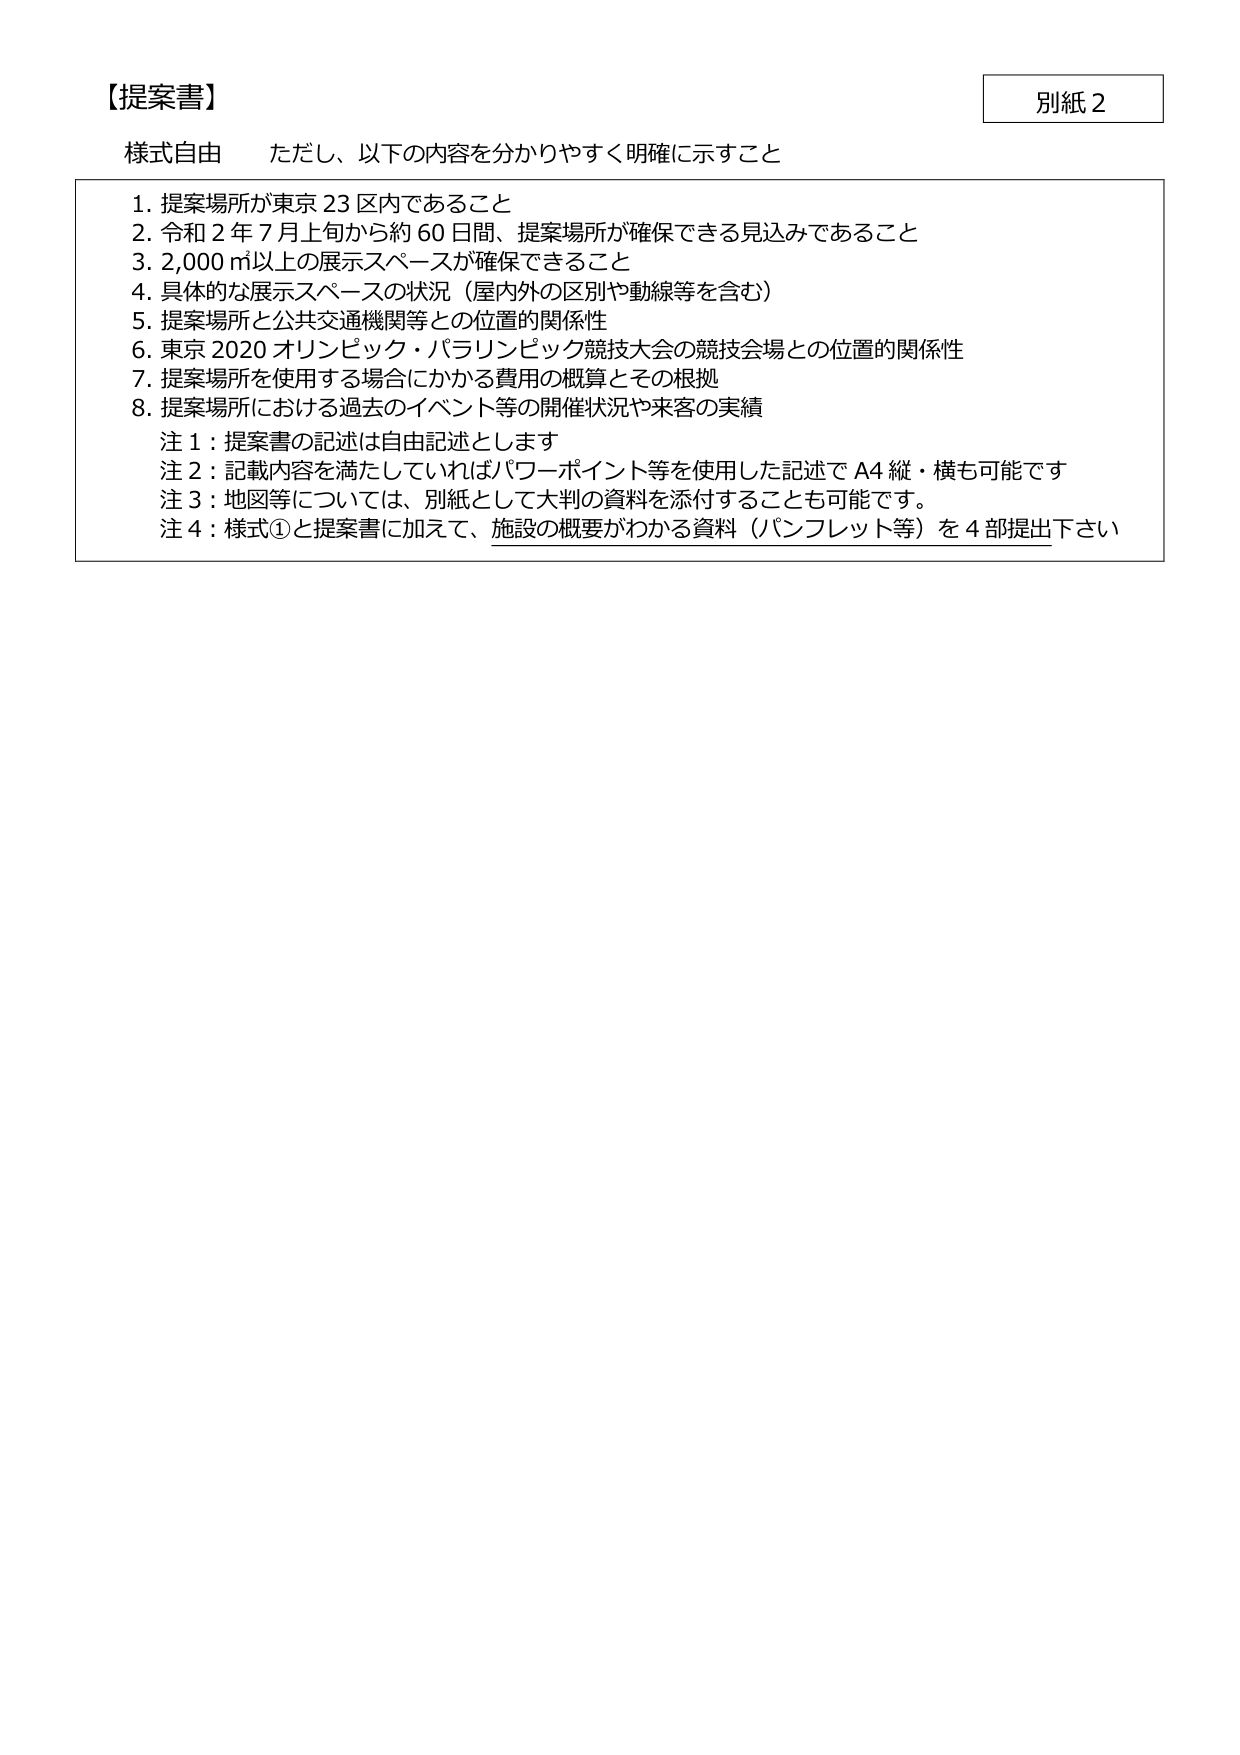
【提案書】
別紙2
様式自由　ただし、以下の内容を分かりやすく明確に示すこと
1. 提案場所が東京23区内であること
2. 令和2年7月上旬から約60日間、提案場所が確保できる見込みであること
3. 2,000㎡以上の展示スペースが確保できること
4. 具体的な展示スペースの状況（屋内外の区別や動線等を含む）
5. 提案場所と公共交通機関等との位置的関係性
6. 東京2020オリンピック・パラリンピック競技大会の競技会場との位置的関係性
7. 提案場所を使用する場合にかかる費用の概算とその根拠
8. 提案場所における過去のイベント等の開催状況や来客の実績
注1：提案書の記述は自由記述とします
注2：記載内容を満たしていればパワーポイント等を使用した記述でA4縦・横も可能です
注3：地図等については、別紙として大判の資料を添付することも可能です。
注4：様式①と提案書に加えて、施設の概要がわかる資料（パンフレット等）を4部提出下さい